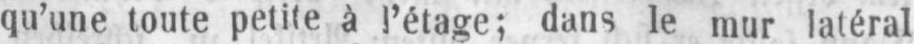
qu’une toute petite à l’étage; dans le mur latéral